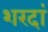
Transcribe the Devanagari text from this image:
शरदां